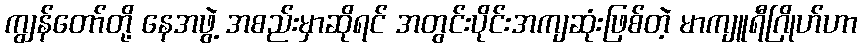
ကျွန်တော်တို့ နေအဖွဲ့ အစည်းမှာဆိုရင် အတွင်းပိုင်းအကျဆုံးဖြစ်တဲ့ မာကျူရီဂြိုဟ်ဟာ